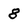
Character: 8